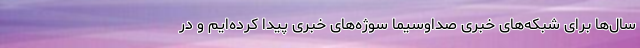
سال‌ها برای شبکه‌های خبری صداوسیما سوژه‌های خبری پیدا کرده‌ایم و در